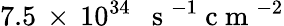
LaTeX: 7.5\, \times\, 10^{34}\, \, \, \mathrm{~s~}^{-1}\mathrm{~c~m~}^{-2}